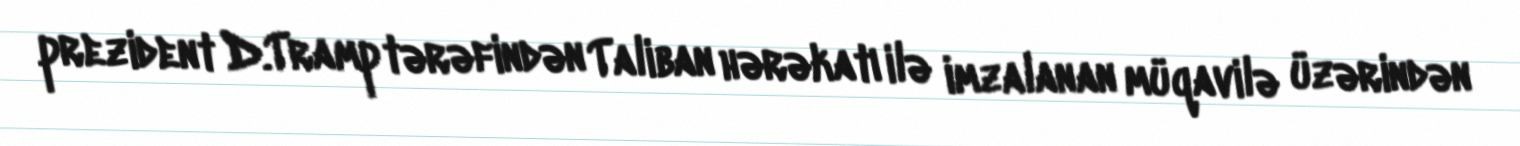
prezident D.Tramp tərəfindən Taliban hərəkatı ilə imzalanan müqavilə üzərindən